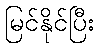
မြင်နိုင်ပြီး